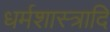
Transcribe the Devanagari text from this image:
धर्मशास्त्रादि